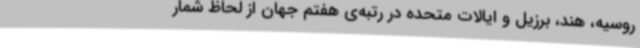
روسیه، هند، برزیل و ایالات متحده در رتبه‌ی هفتم جهان از لحاظ شمار